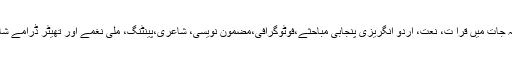
ان مقابلہ جات میں قرا ت، نعت، اردو انگریزی پنجابی مباحثے،فوٹوگرافی،مضمون نویسی، شاعری،پینٹنگ، ملی نغمے اور تھیٹر ڈرامے شامل ہیں۔